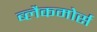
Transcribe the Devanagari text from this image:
ब्लैकमोर्स